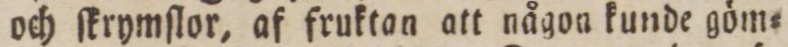
och ſkrymſlor, af fruktan att någon kunde göm=